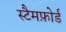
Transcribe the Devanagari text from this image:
स्टैमफ़ोर्ड